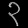
Digit: ၃